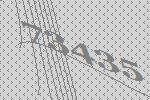
73435